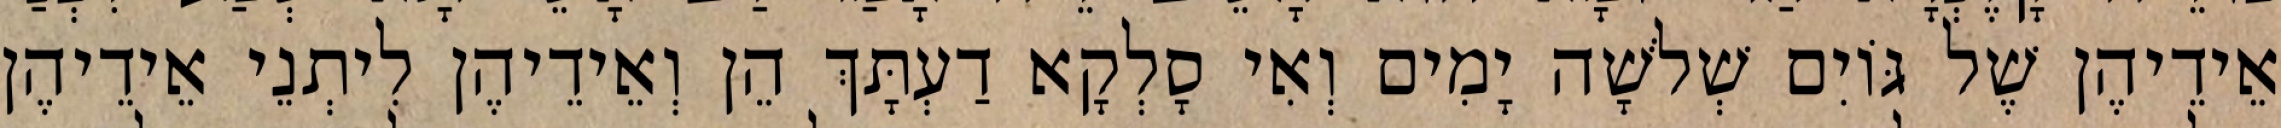
אֵידֵיהֶן שֶׁל גּוֹיִם שְׁלֹשָׁה יָמִים וְאִי סָלְקָא דַעְתָּךְ הֵן וְאֵידֵיהֶן לִיתְנֵי אֵידֵיהֶן